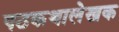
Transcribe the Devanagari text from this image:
पठकथालेखक